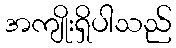
အကျိုးရှိပါသည်